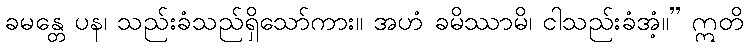
ခမန္တေ ပန၊ သည်းခံသည်ရှိသော်ကား။ အဟံ ခမိဿာမိ၊ ငါသည်းခံအံ့။” ဣတိ